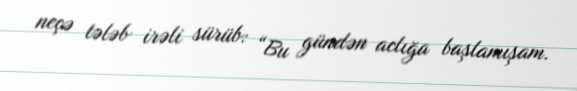
neçə tələb irəli sürüb: “Bu gündən aclığa başlamışam.